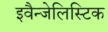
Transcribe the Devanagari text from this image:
इवैन्जेलिस्टिक